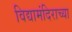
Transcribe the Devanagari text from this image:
विद्यामंदिराच्या